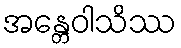
အန္တေဝါသိဿ